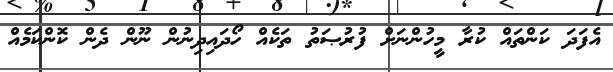
އެފަދަ ކަންތައް ކުރާ މީހުންނަށް ފުރުޞަތު ތަކެއް ހޯދައިދިނުން ނޫން ދެން ކޮންކަމެއް